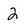
Character: 2